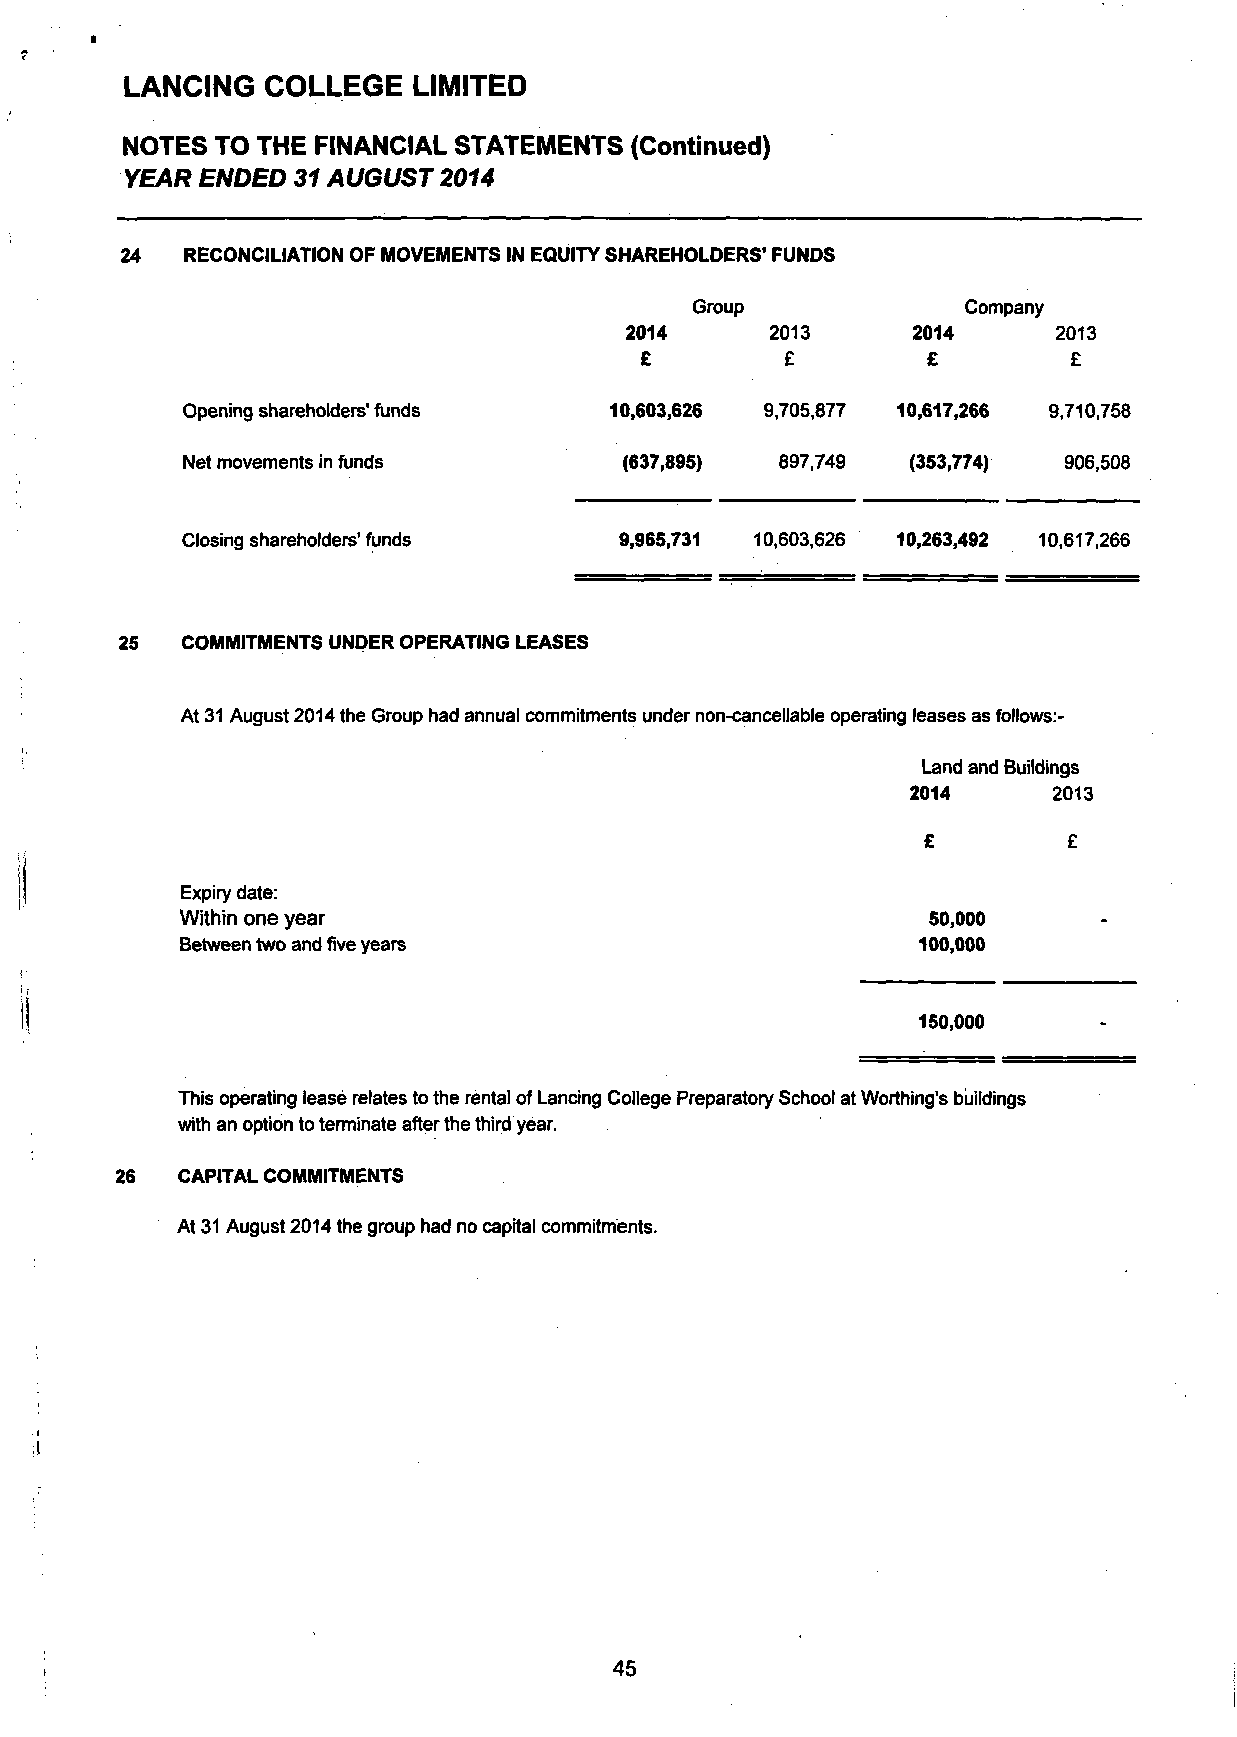
LANCING  COLLEGE   LIMITED
 NOTES TO THE FINANCIAL STATEMENTS (Continued)
 YEAR ENDED 31 AUGUST 2014
 24  RECONCILIATION OF MOVEMENTS IN EQUITY SHAREHOLDERS' FUNDS
 Group             Company
 2014      2013     2014      2013
 £         £        £         £
 Opening shareholders'funds  10,603,626 9,705,877 10,617,266 9,710,758
 Net movements in funds       (637,895)  897,749 (353,774)  906,508
 Closing shareholders'funds   9,965,731 10,603,626 10,263,492 10,617,266
 25  COMMITMENTS UNDER OPERATING LEASES
 At 31 August 2014 the Group had annual commitments under non-cancellable operating leases as follows:-
 Land and Buildings
 2014      2013
 Expiry date:
 Within one year                                  50,000
 Between two and five years                       100,000
 150,000
 This operating lease relates to the rental of Lancing College Preparatory School at Worthing's buildings
 with an option to terminate after the third year.
 26  CAPITAL COMMITMENTS
 At 31 August 2014 the group had no capital commitments.
 45